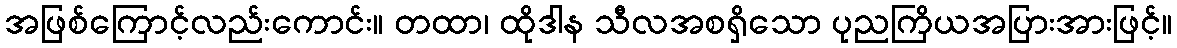
အဖြစ်ကြောင့်လည်းကောင်း။ တထာ၊ ထိုဒါန သီလအစရှိသော ပုညကြိယအပြားအားဖြင့်။